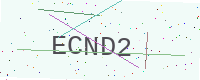
Text: ECND2